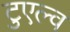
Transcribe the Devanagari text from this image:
टुएल्व